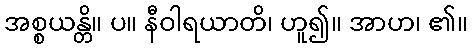
အစ္စယန္တိ။ ပ။ နီဝါရယာတိ၊ ဟူ၍။ အာဟ၊ ၏။